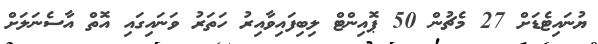
ޔުނައިޓެޑަށް 27 މެޗުން 50 ޕޮއިންޓް ލިބިފައިވާއިރު ހަތަރު ވަނައިގައި އޮތް އާސެނަލަށް